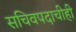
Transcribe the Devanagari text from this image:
सचिवपदाचीही